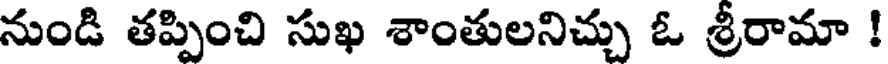
నుండి తప్పించి సుఖ శాంతులనిచ్చు ఓ శ్రీరామా !